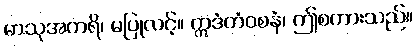
မာသုအကရိ၊ မပြုလင့်။ ဣဒံတံဝစနံ၊ ဤစကားသည်။